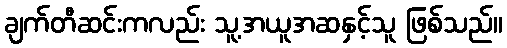
ချက်တီဆင်းကလည်း သူ့အယူအဆနှင့်သူ ဖြစ်သည်။